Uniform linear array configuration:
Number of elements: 4
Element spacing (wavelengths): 0.25
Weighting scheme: kaiser
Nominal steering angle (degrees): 15
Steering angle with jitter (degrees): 14.278
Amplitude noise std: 0.05
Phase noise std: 0.05

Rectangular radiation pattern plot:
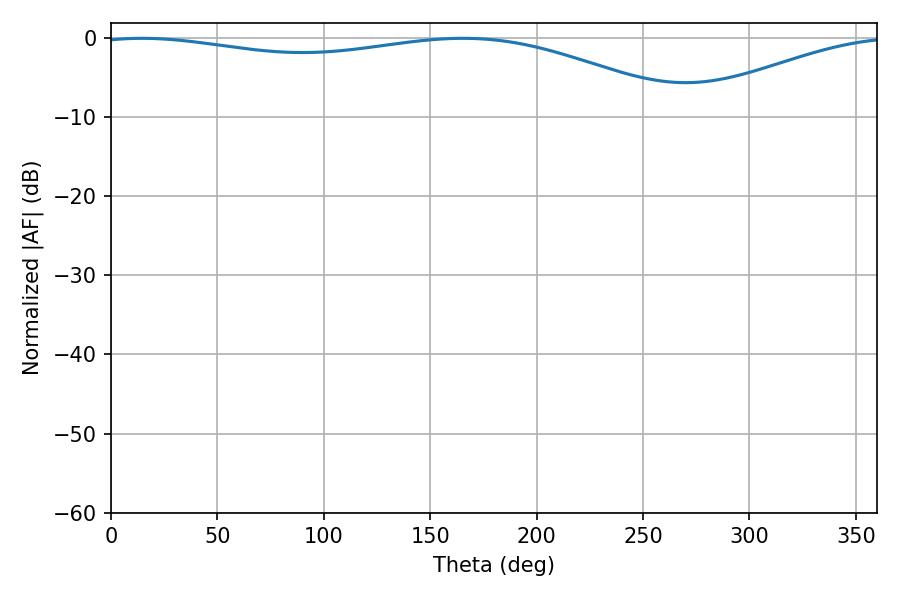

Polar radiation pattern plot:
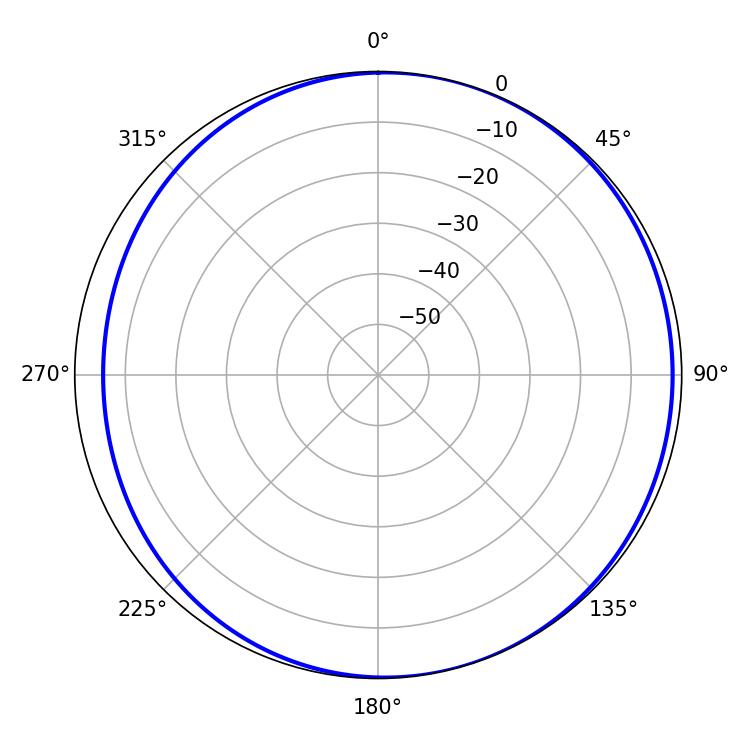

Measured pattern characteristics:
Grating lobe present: FALSE
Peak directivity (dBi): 4.492
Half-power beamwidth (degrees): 224.28
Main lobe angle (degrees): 14.58